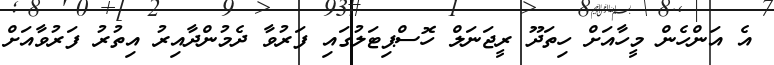
އެ އަންހެން މީހާއަށް ހިތަދޫ ރީޖަނަލް ހޮސްޕިޓަލުގައި ފަރުވާ ދެމުންދާއިރު އިތުރު ފަރުވާއަށް